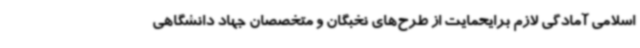
اسلامی آمادگی لازم برایحمایت از طرح‌های نخبگان و متخصصان جهاد دانشگاهی